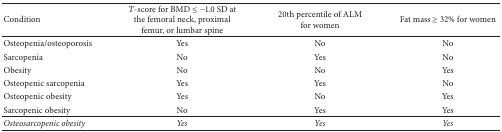
| Condition | T-score for BMD ≤−1.0 SD at the femoral neck, proximal femur, or lumbar spine | 20th percentile of ALM for women | Fat mass ≥ 32% for women |
 | --- | --- | --- | --- |
 | Osteopenia/osteoporosis | Yes | No | No |
 | Sarcopenia | No | Yes | No |
 | Obesity | No | No | Yes |
 | Osteopenic sarcopenia | Yes | Yes | No |
 | Osteopenic obesity | Yes | No | Yes |
 | Sarcopenic obesity | No | Yes | Yes |
 | Osteosarcopenic obesity | Yes | Yes | Yes |